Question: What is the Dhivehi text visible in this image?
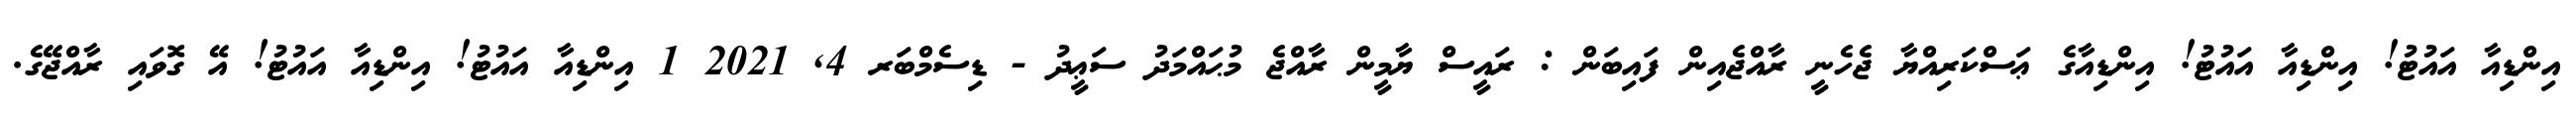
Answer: އިންޑިއާ އައުޓު! އިންޑިއާ އައުޓު! އިންޑިއާގެ ޢަސްކަރިއްޔާ ޖެހެނީ ރާއްޖެއިން ފައިބަން : ރައީސް ޔާމީން ރާއްޖެ މުޙައްމަދު ސަޢީދު - ޑިސެމްބަރ 4, 2021 1 އިންޑިއާ އައުޓު! އިންޑިއާ އައުޓު! އޭ ގޮވައި ރާއްޖޭގެ.